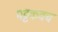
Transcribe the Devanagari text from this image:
पट्टकवच